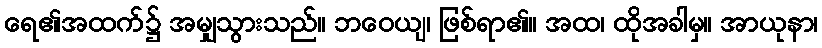
ရေ၏အထက်၌ အမျှသွားသည်။ ဘဝေယျ၊ ဖြစ်ရာ၏။ အထ၊ ထိုအခါမှ။ အာယုနာ၊